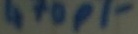
Text: 470pF